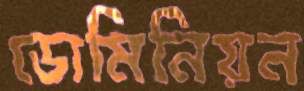
ডোমিনিয়ন